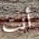
أنت